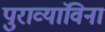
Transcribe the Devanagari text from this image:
पुराव्यांविना